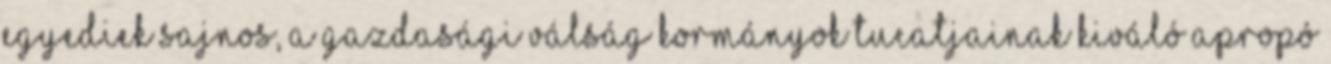
egyediek sajnos, a gazdasági válság kormányok tucatjainak kiváló apropó